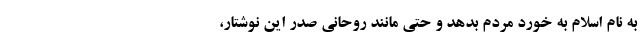
به نام اسلام به خورد مردم بدهد و حتی مانند روحانی صدر این نوشتار،